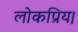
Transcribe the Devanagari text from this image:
लोकप्रिय।